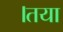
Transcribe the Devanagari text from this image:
।तया